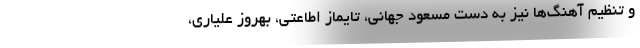
و تنظیم آهنگ‌ها نیز به دست مسعود جهانی، تایماز اطاعتی، بهروز علیاری،